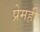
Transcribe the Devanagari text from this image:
प्रेमही